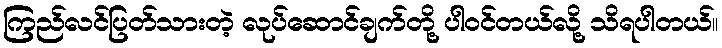
ကြည်လင်ပြတ်သားတဲ့ လုပ်ဆောင်ချက်တို့ ပါဝင်တယ်လို့ သိရပါတယ်။